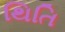
થિતિ